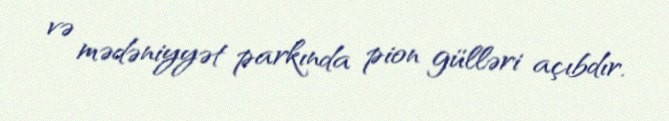
və mədəniyyət parkında pion gülləri açıbdır.